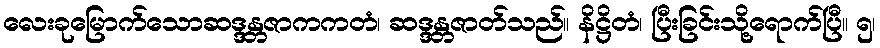
လေးခုမြောက်သောဆဒ္ဒန္တဇာကကတံ၊ ဆဒ္ဒန္တဇာတ်သည်။ နိဋ္ဌိတံ၊ ပြီးခြင်းသို့ရောက်ပြီ။ ၅၊